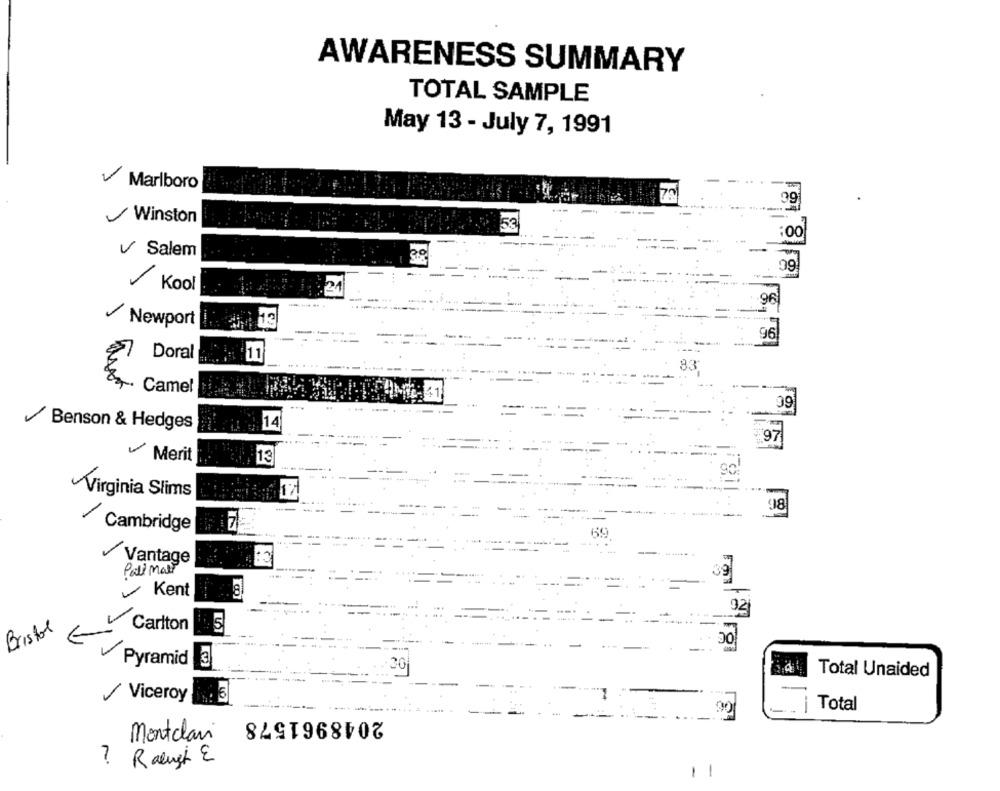
AWARENESS SUMMARY
TOTAL SAMPLE
May 13 - July 7, 1991
-
Marlboro
Winston
53
:00
V Salem
39
/
Kool
96
-
.........
Newport
96
Doral - 11
Camel
---
Benson & Hedges
14
97
Merit
13
Virginia Slims
Cambridge
Vantage
Pall mall
39
Kent
92
Bristol
Carlton
5
Pyramid
3
Total Unaided
10
Viceroy
- ----
Total
2048961578
Montclan
? Ralust E